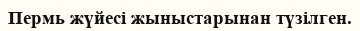
Пермь жүйесі жыныстарынан түзілген.